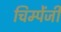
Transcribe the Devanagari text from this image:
चिम्पेंजी